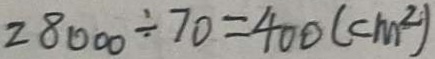
2 8 0 0 0 \div 7 0 = 4 0 0 ( c m ^ { 2 } )